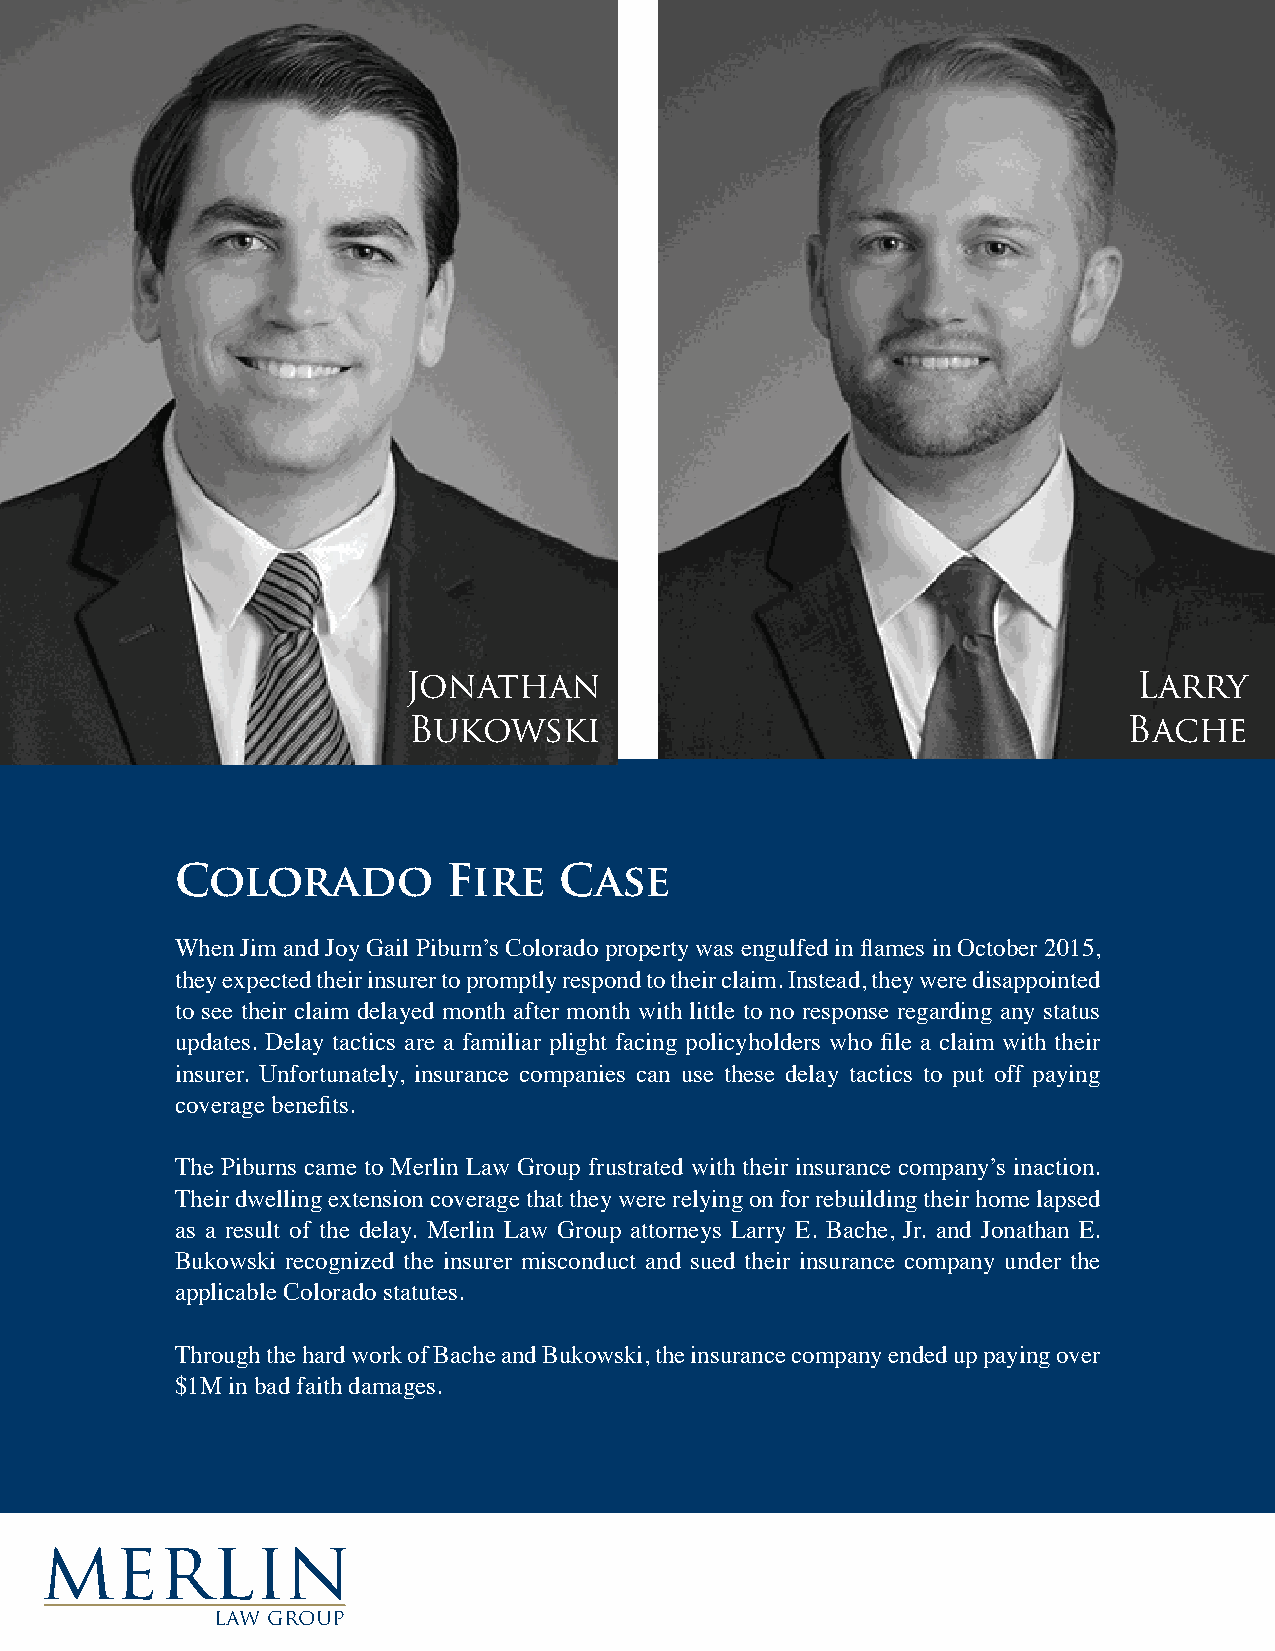
Jonathan                                        Larry
 Bukowski                                        Bache
 Colorado          Fire   Case
 When Jim and Joy Gail Piburn’s Colorado property was engulfed in flames in October 2015,
 they expected their insurer to promptly respond to their claim. Instead, they were disappointed
 to see their claim delayed month after month with little to no response regarding any status
 updates. Delay tactics are a familiar plight facing policyholders who file a claim with their
 insurer. Unfortunately, insurance companies can use these delay tactics to put off paying
 coverage benefits.
 The Piburns came to Merlin Law Group frustrated with their insurance company’s inaction.
 Their dwelling extension coverage that they were relying on for rebuilding their home lapsed
 as a result of the delay. Merlin Law Group attorneys Larry E. Bache, Jr. and Jonathan E.
 Bukowski recognized the insurer misconduct and sued their insurance company under the
 applicable Colorado statutes.
 Through the hard work of Bache and Bukowski, the insurance company ended up paying over
 $1M in bad faith damages.
 merlin
 law group